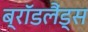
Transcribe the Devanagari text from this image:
ब्रॉडलैंड्स